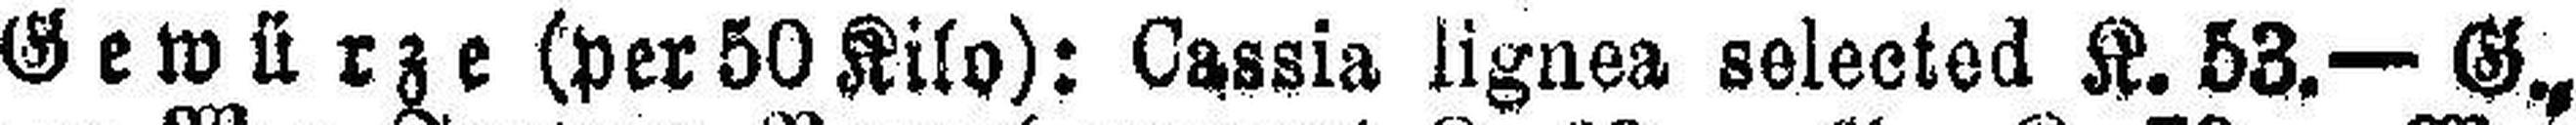
Gewürze (per 50 Kilo): Cassia lignea selected K. 53.— G.,